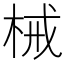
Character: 械